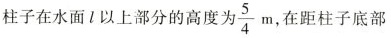
柱子在水面1以上部分的高度为\frac{5}{4}m在距柱子底部